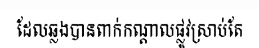
ដែលឆ្លងបានពាក់កណ្តាលផ្លូវស្រាប់តែ